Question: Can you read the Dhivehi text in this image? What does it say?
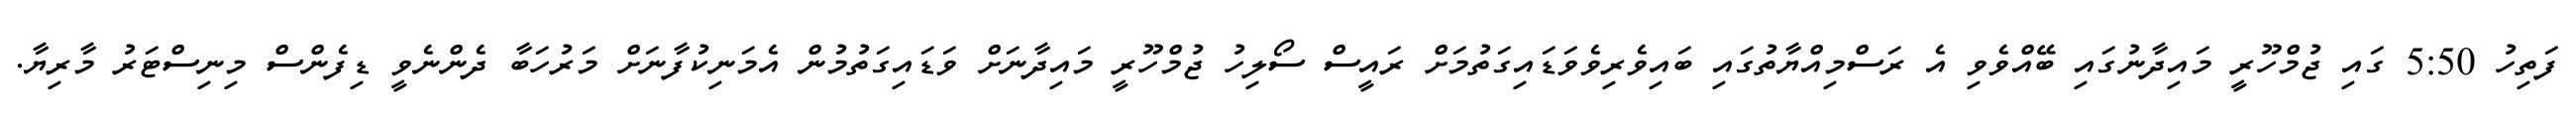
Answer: ފަތިހު 5:50 ގައި ޖުމްހޫރީ މައިދާނުގައި ބޭއްވެވި އެ ރަސްމިއްޔާތުގައި ބައިވެރިވެވަޑައިގަތުމަށް ރައީސް ސޯލިހު ޖުމްހޫރީ މައިދާނަށް ވަޑައިގަތުމުން އެމަނިކުފާނަށް މަރުހަބާ ދެންނެވީ ޑިފެންސް މިނިސްޓަރު މާރިޔާ.